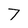
Character: 7